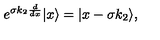
e ^ { \sigma k _ { 2 } { \frac { d } { d x } } } | x \rangle = | x - \sigma k _ { 2 } \rangle ,